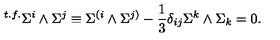
{ } ^ { t . f . } \Sigma ^ { i } \wedge \Sigma ^ { j } \equiv \Sigma ^ { ( i } \wedge \Sigma ^ { j ) } - { \frac { 1 } { 3 } } \delta _ { i j } \Sigma ^ { k } \wedge \Sigma _ { k } = 0 .